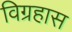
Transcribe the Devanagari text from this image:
विग्रहास